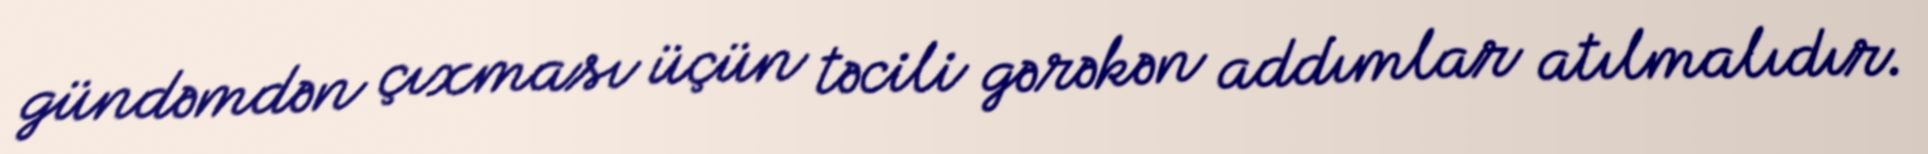
gündəmdən çıxması üçün təcili gərəkən addımlar atılmalıdır.